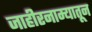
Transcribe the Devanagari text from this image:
जाहीरनाम्यातून